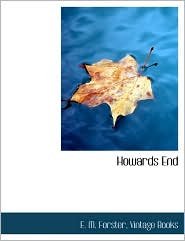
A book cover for Howards End Publisher: BiblioLife; E. M. Forster; Crafts, Hobbies & Home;